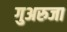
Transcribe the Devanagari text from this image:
गुअरुजा